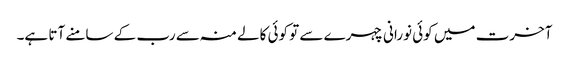
آخرت میں کوئی نورانی چہرے سے تو کوئی کالے منہ سے رب کے سامنے آتا ہے۔